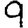
Digit: 9